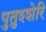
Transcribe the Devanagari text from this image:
पुतुश्शेरि